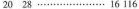
20 28 ………………… 16 116